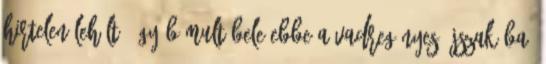
hirtelen lehűlt. úgy bámult bele ebbe a vadregényes éjszakába.